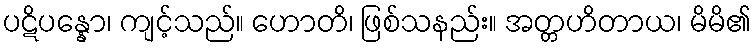
ပဋိပန္နော၊ ကျင့်သည်။ ဟောတိ၊ ဖြစ်သနည်း။ အတ္တဟိတာယ၊ မိမိ၏